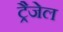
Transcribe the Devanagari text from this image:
ट्रैजेल